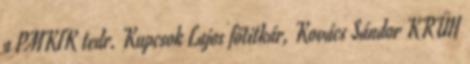
a PMKIK tedr. Kupcsok Lajos főtitkár, Kovács Sándor KRÜH